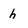
Character: h